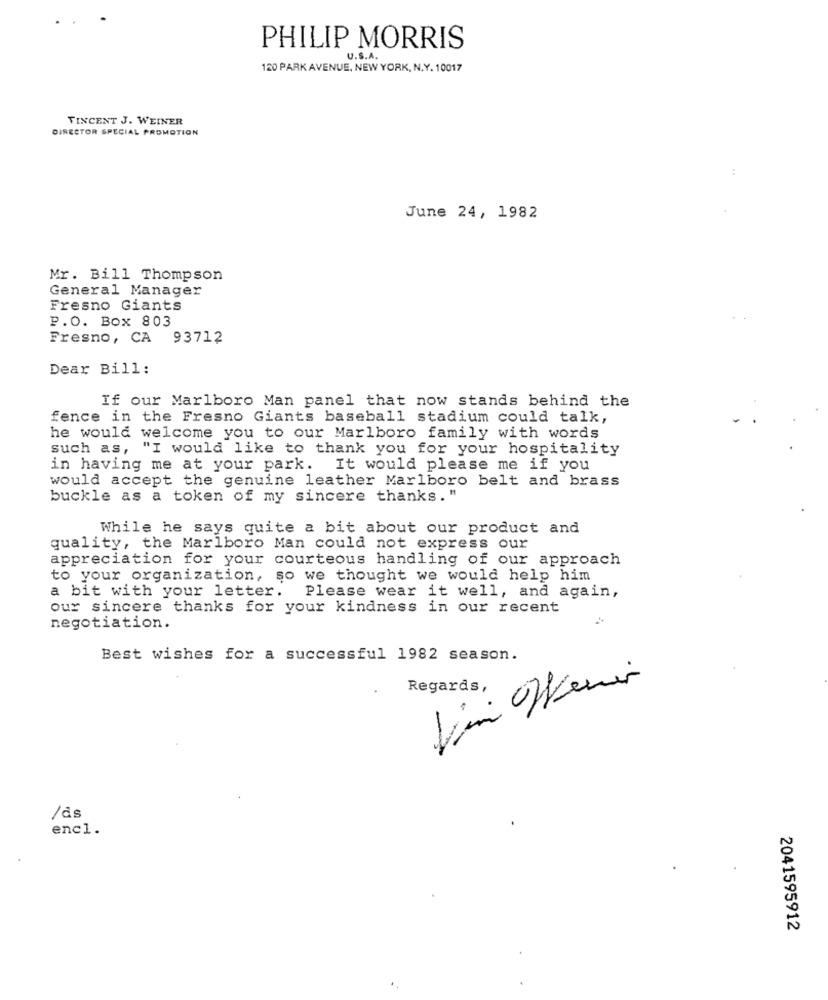
PHILIP MORRIS
U.S.A.
120 PARK AVENUE, NEW YORK, N.Y. 10017
VINCENT J. WEINER
DIRECTOR SPECIAL PROMOTION
June 24, 1982
Mr. Bill Thompson
General Manager
Fresno Giants
P.O. Box 803
Fresno, CA 93712
Dear Bill:
If our Marlboro Man panel that now stands behind the
fence in the Fresno Giants baseball stadium could talk,
he would welcome you to our Marlboro family with words
such as, "I would like to thank you for your hospitality
in having me at your park. It would please me if you
would accept the genuine leather Marlboro belt and brass
buckle as a token of my sincere thanks. "
While he says quite a bit about our product and
quality, the Marlboro Man could not express our
appreciation for your courteous handling of our approach
to your organization, so we thought we would help him
a bit with your letter.
Please wear it well, and again,
our sincere thanks for your kindness in our recent
negotiation.
Best wishes for a successful 1982 season.
Vin Venir
Regards,
/ds
encl.
2041595912